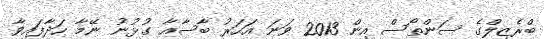
ބްރެޒިލްގެ ސަންތޯސް އިން 2013 ވަނަ އަހަރު ބާސާއާ ގުޅުނު ނޭމާ ހަދާފައިވާ